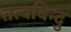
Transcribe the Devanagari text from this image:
तत्वबिन्दु